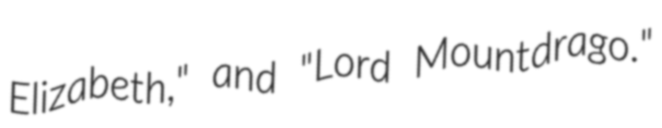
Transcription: Elizabeth," and "Lord Mountdrago."